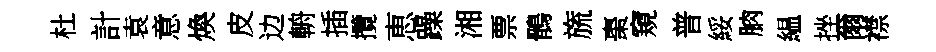
杜計袁意煥皮边輈插攬恵躁湘票鶻旒棗窺普綏朒緼挫爾襟